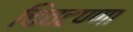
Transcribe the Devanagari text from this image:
चिवटपणा